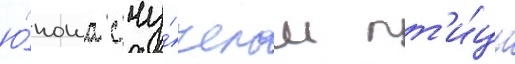
ю́ноша с чу́челом пт'и́цы